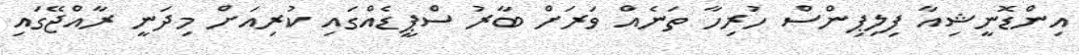
އިންޑޮނީޝިއާ ފިލިޕިންސް ހުރިހާ ތަނެއް ވަރަށް ބާރު ސްޕީޑެއްގައި ކުރިއަށް މިދަނީ ރާއްޖޭގައި